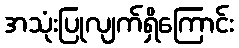
အသုံးပြုလျက်ရှိကြောင်း